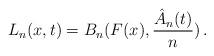
LaTeX: \begin{align*} L_n(x,t)=B_n(F(x),\frac{\hat A_n(t)}{n})\,.\end{align*}